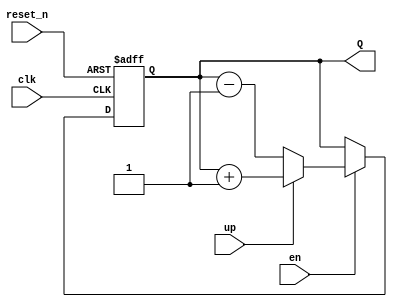

module up_down_counter
#(parameter n = 4)
(
input clk,
input reset_n, // asynchronous reset
input en, // synchronous enable
input up,
output [n-1:0]Q
);

reg [n-1:0]Q_reg, Q_next;

always @(posedge clk, negedge reset_n)
begin
	if(~reset_n)
		Q_reg <= 0;
	else if(en)
		Q_reg <= Q_next;
	else
		Q_reg <= Q_reg; // not necessary but just makes the code more robust
end


// Next state logic
always @(up, Q_reg)
begin
	if(up)
		Q_next = Q_reg + 1;
	else
		Q_next = Q_reg - 1;
end

// output logic
assign Q = Q_reg;

endmodule